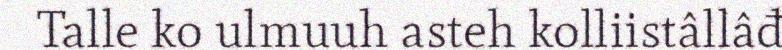
Talle ko ulmuuh asteh kolliistâllâđ